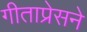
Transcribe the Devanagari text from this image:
गीताप्रेसने